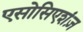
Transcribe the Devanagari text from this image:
एसोसिएशंज़